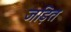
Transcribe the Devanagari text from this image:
जड़ित